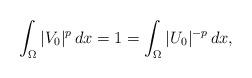
LaTeX: \begin{align*}\int_\Omega |V_0|^p\, dx=1=\int_\Omega |U_0|^{-p}\, dx,\end{align*}